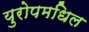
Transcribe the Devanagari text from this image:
युरोपमधिल